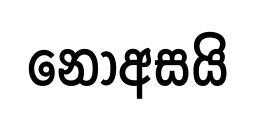
නොඅසයි